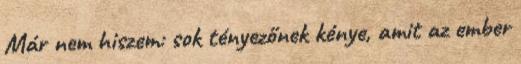
Már nem hiszem: sok tényezőnek kénye, amit az ember